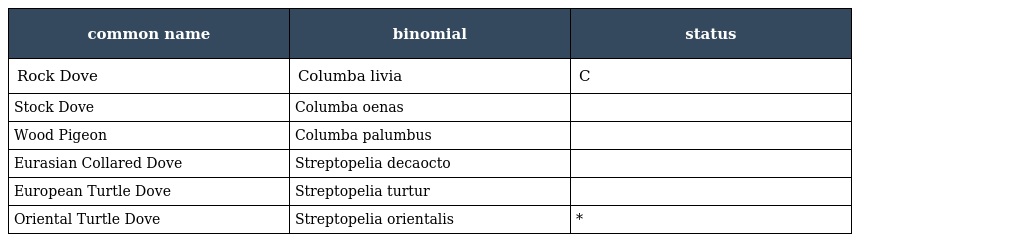
| common name | binomial | status |
 | --- | --- | --- |
 | Rock Dove | Columba livia | C |
 | Stock Dove | Columba oenas |  |
 | Wood Pigeon | Columba palumbus |  |
 | Eurasian Collared Dove | Streptopelia decaocto |  |
 | European Turtle Dove | Streptopelia turtur |  |
 | Oriental Turtle Dove | Streptopelia orientalis | * |